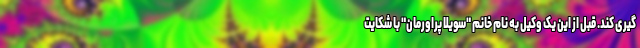
گیری کند. قبل از این یک وکیل به نام خانم "سویلا پراورمان" با شکایت